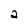
Character: 2